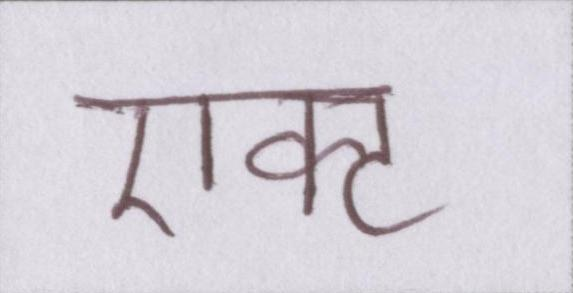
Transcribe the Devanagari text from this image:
एक्ट